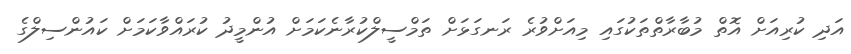
އަދި ކުރިއަށް އޮތް މުބާރާތްތަކުގައި މިއަށްވުރެ ރަނގަޅަށް ތަމްސީލްކުރާނެކަމަށް އުންމީދު ކުރައްވާކަމަށް ކައުންސިލްގެ